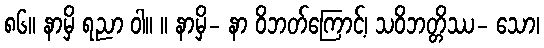
၈၆။ နာမှိ ရညာ ဝါ။ ။ နာမှိ- နာ ဝိဘတ်ကြောင့်၊ သဝိဘတ္တိဿ- သော၊